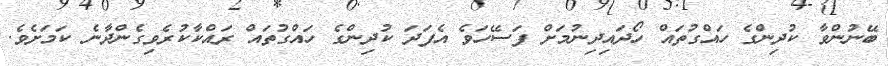
ބޭނުންވާ ކުދިންގެ ހައްގުތައް ހޯދައިދިނުމަށް ފަސޭހަވެ އެފަދަ ކުދިންގެ ހައްގުތައް ރައްކާކުރެވިގެންދާނެ ކަމަށެވެ.